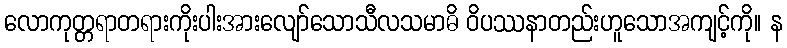
လောကုတ္တရာတရားကိုးပါးအားလျော်သောသီလသမာဓိ ဝိပဿနာတည်းဟူသောအကျင့်ကို။ န